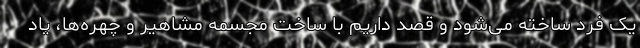
یک فرد ساخته می‌شود و قصد داریم با ساخت مجسمه مشاهیر و چهره‌ها، یاد